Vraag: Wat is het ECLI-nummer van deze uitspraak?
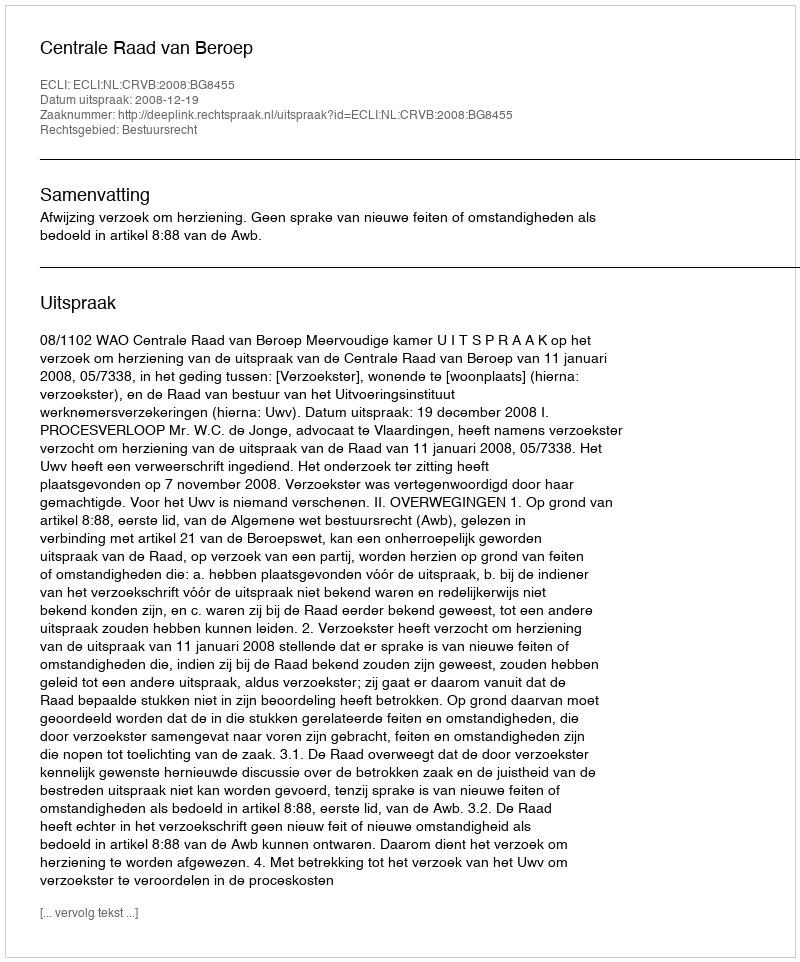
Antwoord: ECLI:NL:CRVB:2008:BG8455